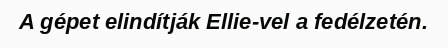
A gépet elindítják Ellie-vel a fedélzetén.